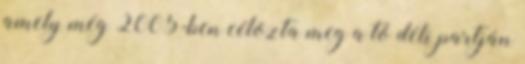
amely még 2005-ben célozta meg a tó déli partján